Note on the mental hospitals in Burma - 1925-1940
Year: 1925
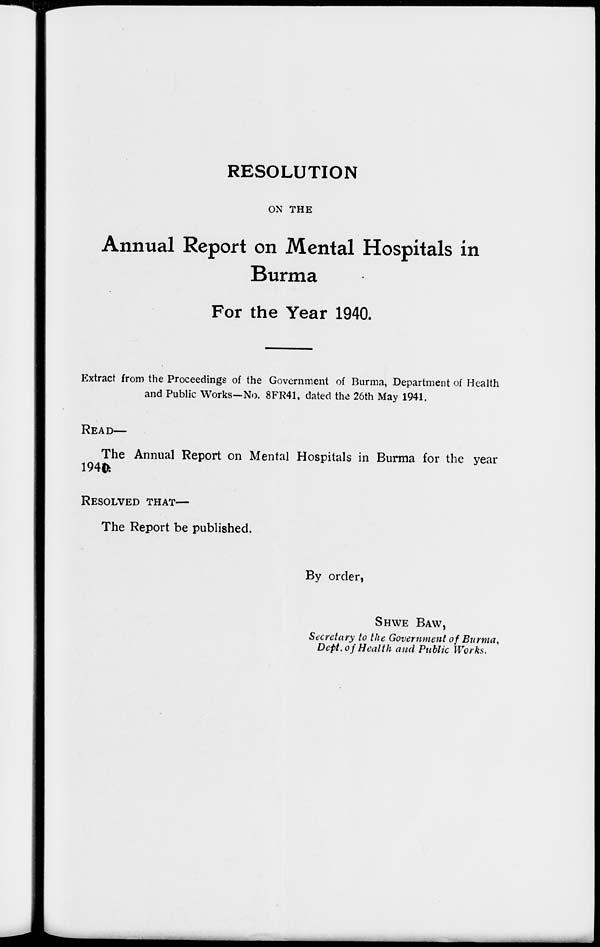
RESOLUTION
ON THE
Annual Report on Mental Hospitals in
Burma
For the Year 1940.
Extract from the Proceedings of the Government of Burma, Department of Health
and Public Works—No. 8FR41, dated the 26th May 1941.
READ—
The Annual Report on Mental Hospitals in Burma for the year
1940
RESOLVED THAT—
The Report be published.
By order,
SHWE BAW,
Secretary to the Government of Burma,
Dept. of Health and Public Works.